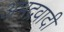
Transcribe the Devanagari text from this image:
अभद्रवादी